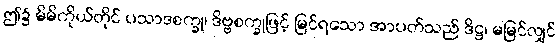
ဤ၌ မိမိကိုယ်တိုင် ပသာဒစက္ခု၊ ဒိဗ္ဗစက္ခုဖြင့် မြင်ရသော အာပတ်သည် ဒိဋ္ဌ၊ မမြင်လျှင်